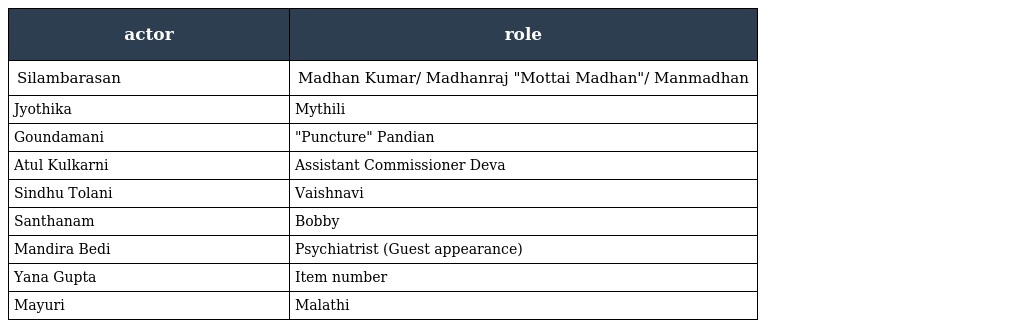
| actor | role |
 | --- | --- |
 | Silambarasan | Madhan Kumar/ Madhanraj "Mottai Madhan"/ Manmadhan |
 | Jyothika | Mythili |
 | Goundamani | "Puncture" Pandian |
 | Atul Kulkarni | Assistant Commissioner Deva |
 | Sindhu Tolani | Vaishnavi |
 | Santhanam | Bobby |
 | Mandira Bedi | Psychiatrist (Guest appearance) |
 | Yana Gupta | Item number |
 | Mayuri | Malathi |